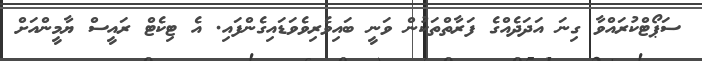
ސަޕޯޓްކުރައްވާ ގިނަ އަދަދެއްގެ ފަރާތްތަކުން ވަނީ ބައިވެރިވެވަޑައިގެންފައި. އެ ޓިކެޓް ރައީސް ޔާމީންއަށް